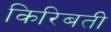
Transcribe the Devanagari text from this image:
किरिबती